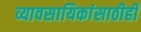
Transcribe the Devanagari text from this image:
व्यावसायिकांसाठीही